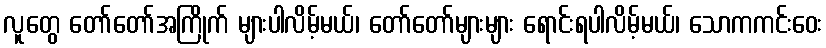
လူတွေ တော်တော်အကြိုက် များပါလိမ့်မယ်၊ တော်တော်များများ ရောင်းရပါလိမ့်မယ်၊ သောကကင်းဝေး